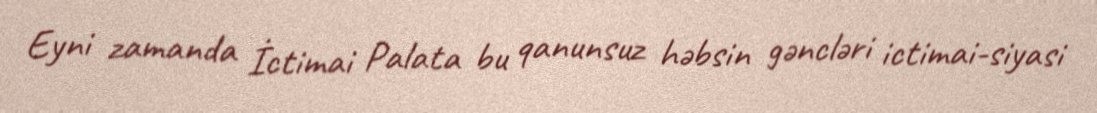
Eyni zamanda İctimai Palata bu qanunsuz həbsin gəncləri ictimai-siyasi